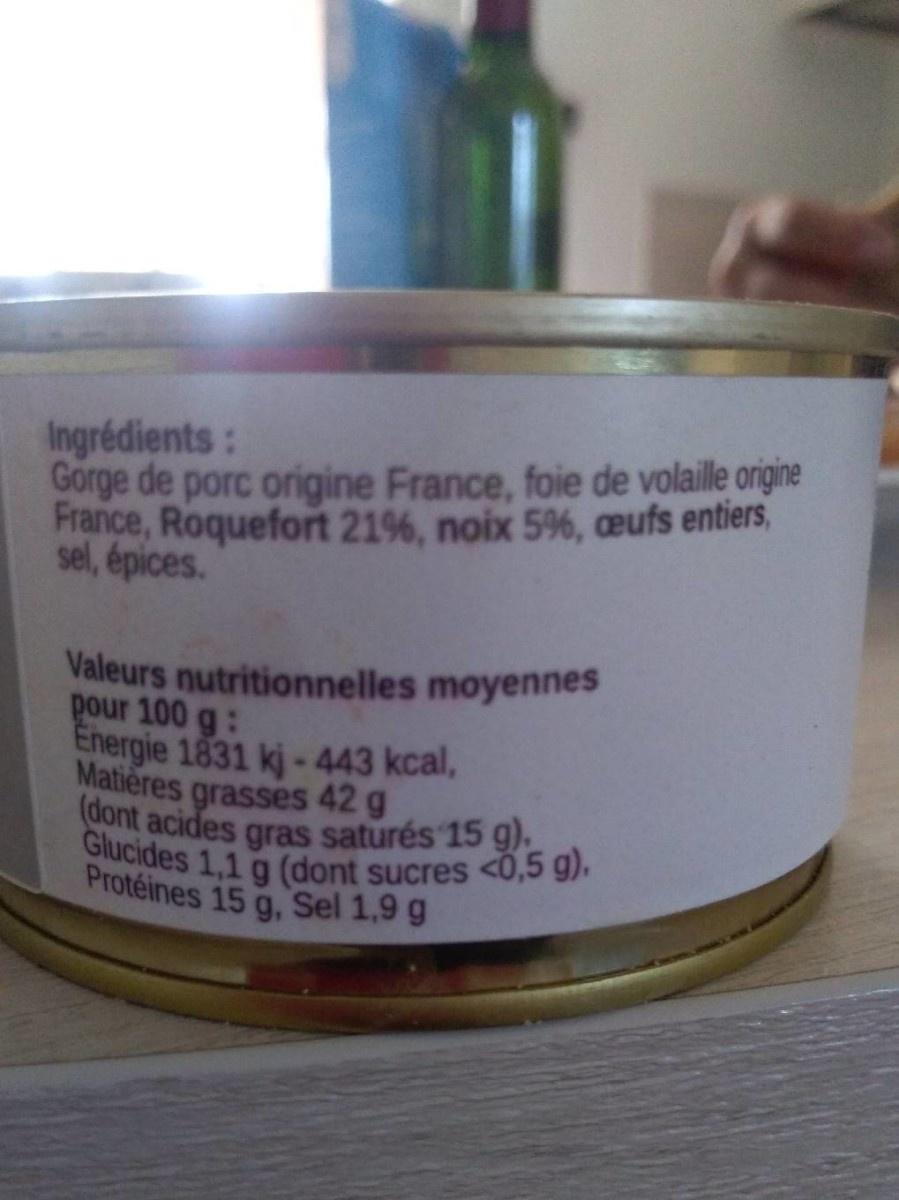
(dont acides gras saturés 15 g),
Glucides 1,1 g (dont sucres <0,5 g),
Ingrédients: Gorge de porc origine France, foie de volaille origine France, Roquefort 21%, noix 5%, eufs entiers, sel, épices.
Valeurs nutritionnelles moyennes pour 100 g: Energie 1831 kj -443 kcal, Matières grasses 42 g
Protéines 15 g, Sel 1,9 g